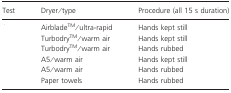
<table><thead><tr><td><b>Test</b></td><td><b>Dryer/type</b></td><td><b>Procedure (all 15 s duration)</b></td></tr></thead><tbody><tr><td>[EMPTY_CELL]</td><td>AirbladeTM/ultra-rapid</td><td>Hands kept still</td></tr><tr><td>[EMPTY_CELL]</td><td>TurbodryTM/warm air</td><td>Hands kept still</td></tr><tr><td>[EMPTY_CELL]</td><td>TurbodryTM/warm air</td><td>Hands rubbed</td></tr><tr><td>[EMPTY_CELL]</td><td>A5/warm air</td><td>Hands kept still</td></tr><tr><td>[EMPTY_CELL]</td><td>A5/warm air</td><td>Hands rubbed</td></tr><tr><td>[EMPTY_CELL]</td><td>Paper towels</td><td>Hands rubbed</td></tr></tbody></table>